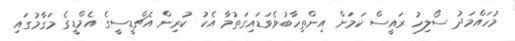
މުހައްމަދު ސޯލިހު ރައީސް ކަމަށް އިންތިހާބުވެވަޑައިގަތުމާ އެކު ކުރިން އެޗްޑީސީގެ އެމްޑީގެ މަގާމުގައި